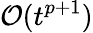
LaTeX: \mathcal{O}(t^{p+1})